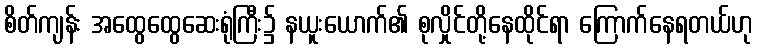
စိတ်ကျန်း အထွေထွေဆေးရုံကြီး၌ နယူးယောက်၏ စုလှိုင်တို့နေထိုင်ရာ ကြောက်နေရတယ်ဟု